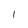
Character: 1